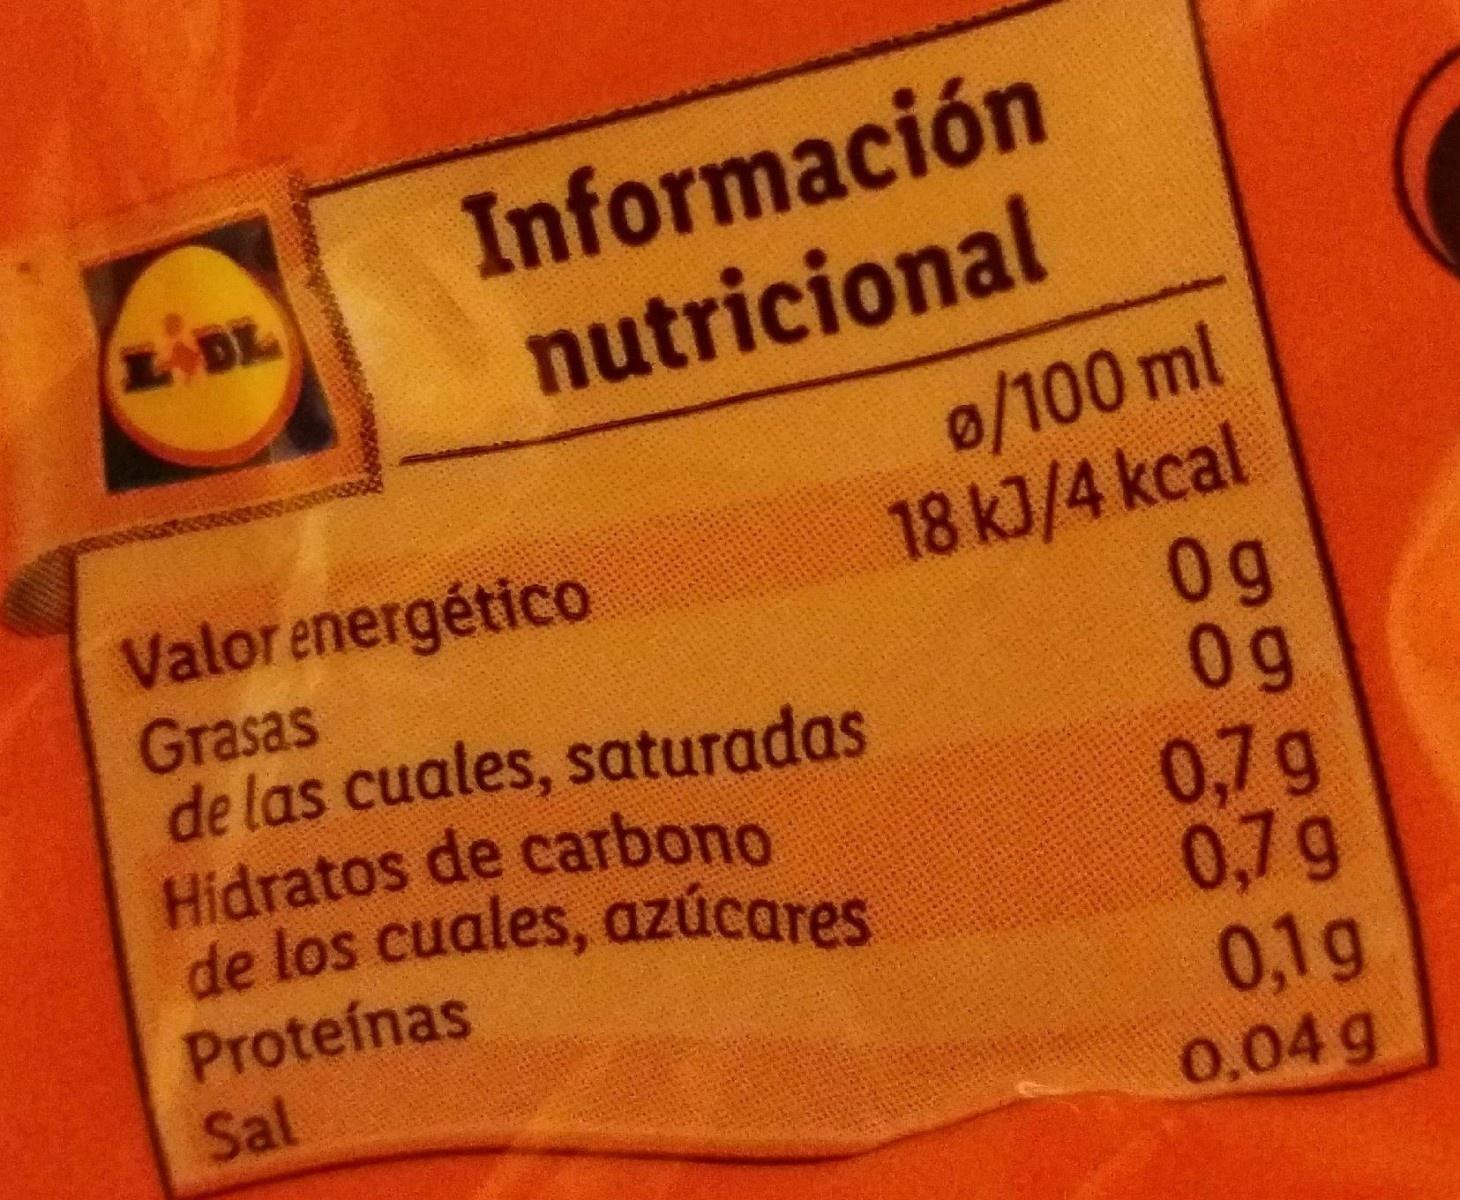
Información nutricional
DL
Valor energético Grasas de las cuales, saturadas Hidratos de carbono de los cuales, azúcares
0/100 ml 18 kJ/4 kcal 0g 0g 0,7g 0,7g 0,1g 0.04 g
Proteínas
Sal